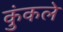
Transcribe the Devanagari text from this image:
कुंकले